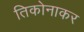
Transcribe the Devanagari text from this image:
तिकोनाकर